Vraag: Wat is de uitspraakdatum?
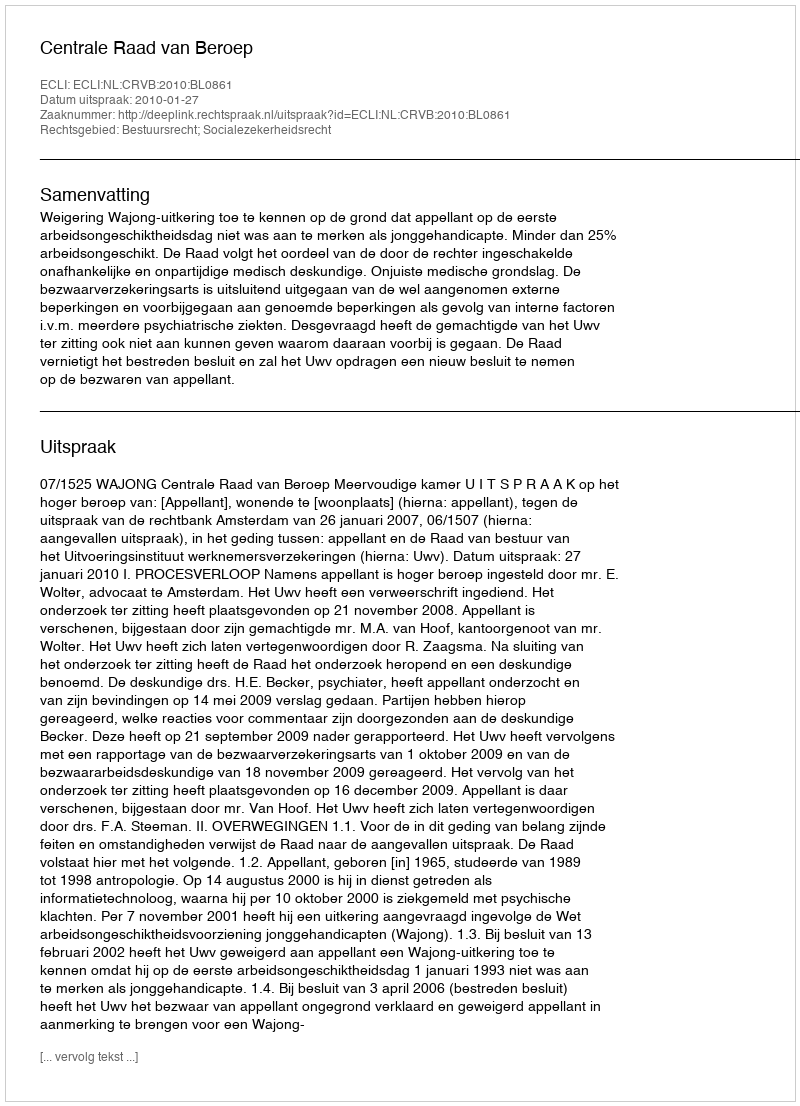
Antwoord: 2010-01-27